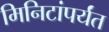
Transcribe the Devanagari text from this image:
मिनिटांपर्यंत